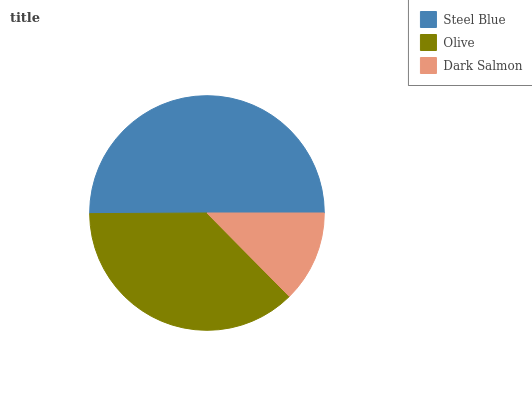
| Steel Blue | Olive | Dark Salmon |
 | --- | --- | --- |
 | 50.1% | 37.2% | 12.6% |